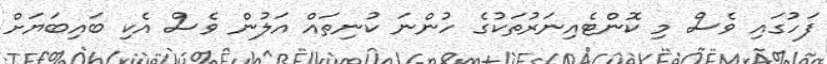
ފަހުގައި ވެސް މި ކޮންޓެއިނަރުތަކުގެ ހުންނަ ކުނިތައް އަލުން ވެސް އެކި ބައިބަޔަށް